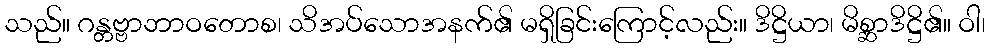
သည်။ ဂန္တဗ္ဗာဘာဝတောစ၊ သိအပ်သောအနက်၏ မရှိခြင်းကြောင့်လည်း။ ဒိဋ္ဌိယာ၊ မိစ္ဆာဒိဋ္ဌိ၏။ ဝါ၊